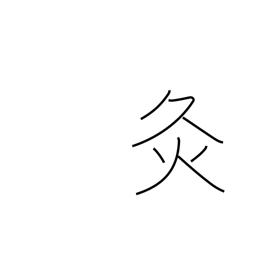
Meaning: chastisement